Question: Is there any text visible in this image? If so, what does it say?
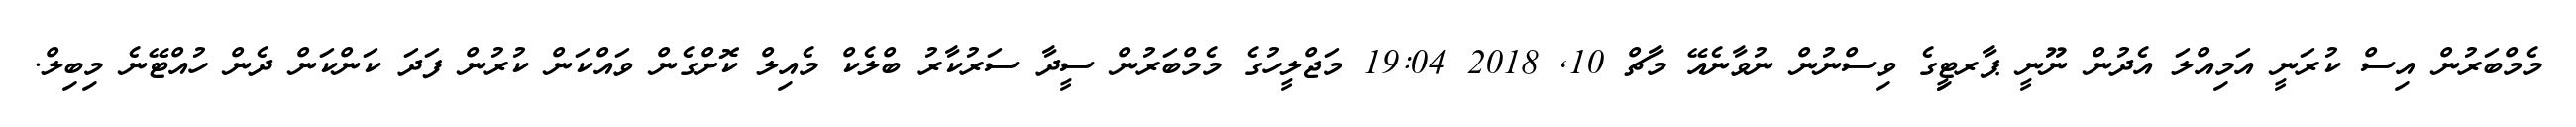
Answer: މެމްބަރުން އިސް ކުރަނީ އަމިއްލަ އެދުން ނޫނީ ޕާރޓިީގެ ވިސްނުން ނުވާނެއޭ މާޗް 10, 2018 19:04 މަޖްލީހުގެ މެމްބަރުން ސީދާ ސަރުކާރު ބްލެކް މެއިލް ކޮށްގެން ވައްކަން ކުރުން ފަދަ ކަންކަން ދެން ހުއްޓޭނެ މިބިލް.